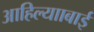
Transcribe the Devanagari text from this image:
आहिल्यााबाई